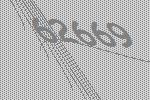
62669